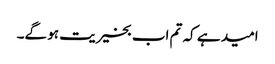
امید ہے کہ تم اب بخیریت ہو گے۔